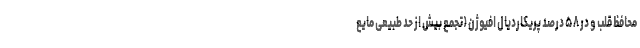
محافظ قلب و در ۵۸ درصد پریکاردیال افیوژن (تجمع بیش از حد طبیعی مایع